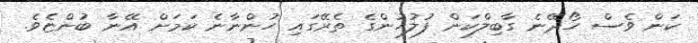
ކަން ވެސް ހޯދޭނެ ގާބިލްކަން ފުލުހުންގެ ތެރޭގައި ހުންނާނެ ކަމަށް އޭނާ ބުންޏެވެ.